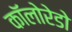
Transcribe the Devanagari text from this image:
कॉलोरेडो